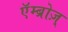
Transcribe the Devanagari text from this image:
एॅम्ब्रोज़्